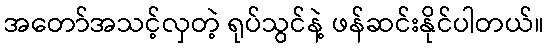
အတော်အသင့်လှတဲ့ ရုပ်သွင်နဲ့ ဖန်ဆင်းနိုင်ပါတယ်။